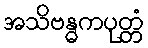
အသိဗန္ဓကပုတ္တံ